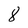
Character: 8